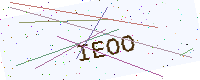
Text: IEOO